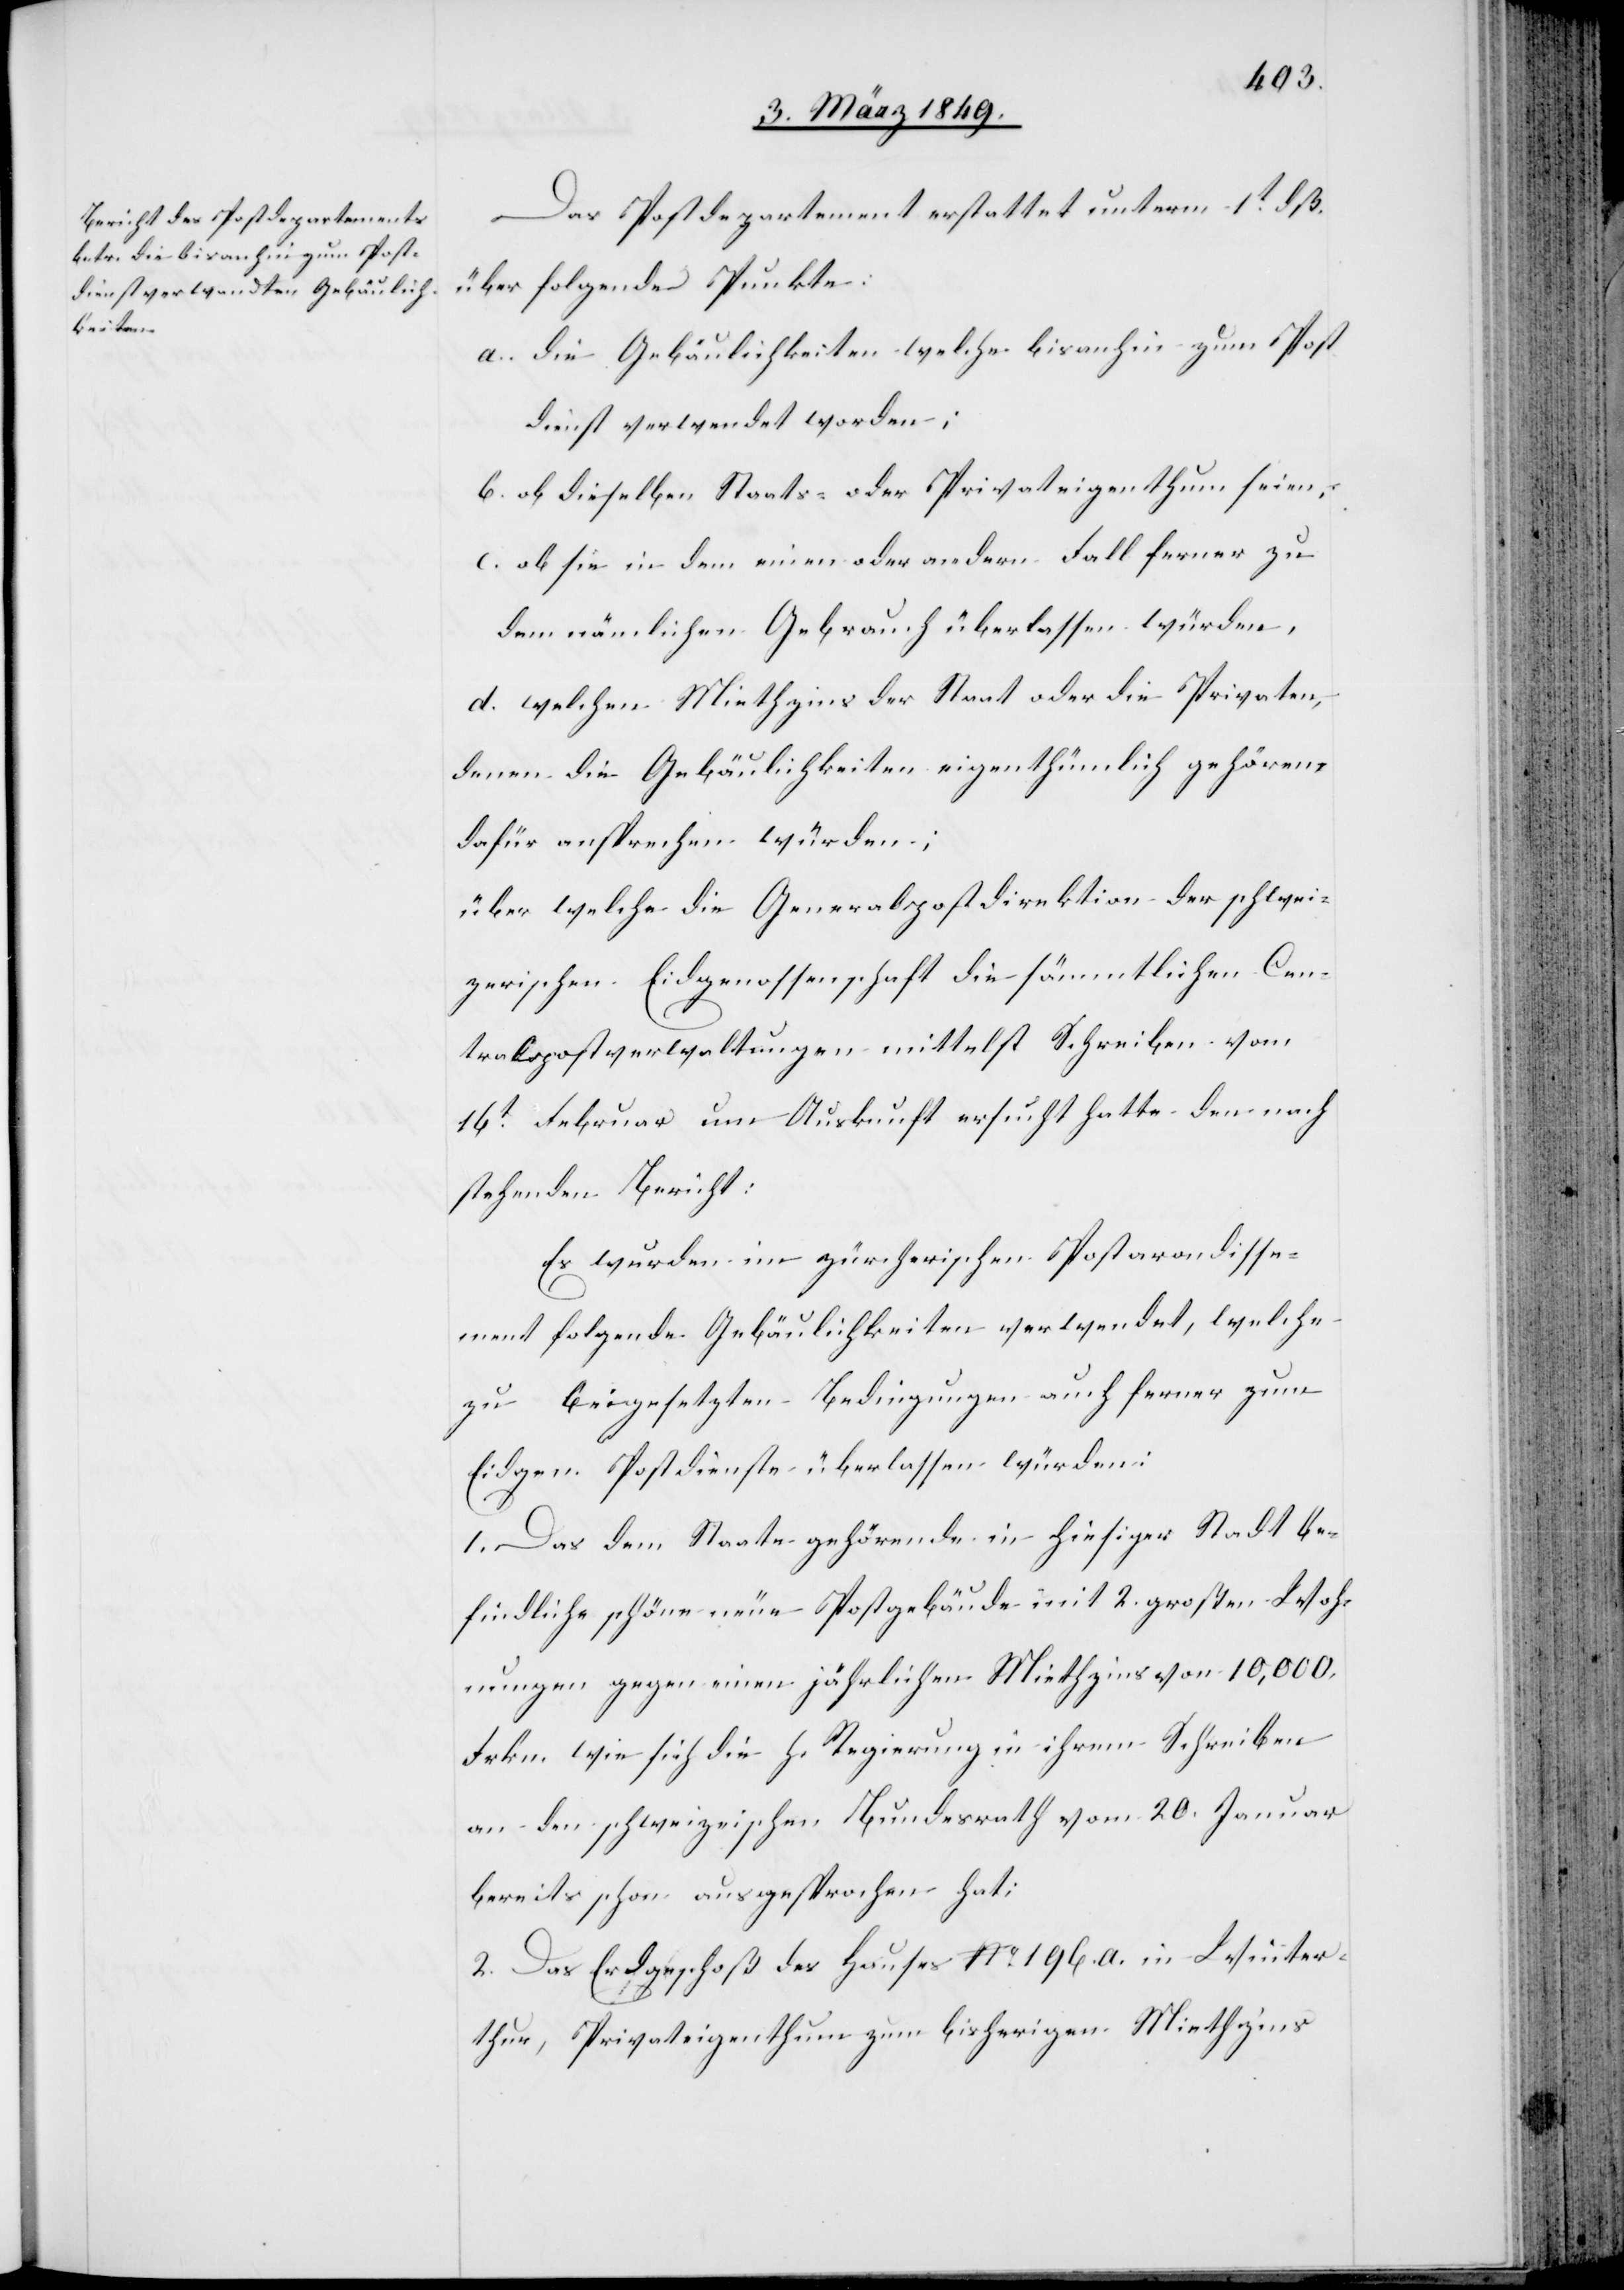
Das Postdepartement erstattet unterm 1t. dß.
über folgende Punkte:
a. die Gebäulichkeiten welche bis anhin zum Post¬
dienst verwendet worden;
b. ob dieselben Staats- oder Privateigenthum seien;
c. ob sie in dem einen oder andern Fall ferner zu
dem nämlichen Gebrauch überlassen würden,
d. welchen Miethzins der Staat oder die Privaten,
denen die Gebäulichkeiten eigenthümlich gehören,
dafür ansprechen würden;
über welche die Generalpostdirektion der schwei¬
zerischen Eidgenossenschaft die sämmtlichen Cen¬
tra[?ls]postverwaltungen mittelst Schreiben vom
16t. Februar um Auskunft ersucht hatte den nach¬
stehenden Bericht:
Es wurden im zürcherischen Postarondisse¬
ment folgende Gebäulichkeiten verwendet, welche
zu beigesetzten Bedingungen auch ferner zum
Eidgen. Postdienste überlassen würden:
1. Das dem Staate gehörende in hiesiger Stadt be¬
findliche schöne neue Postgebäude mit 2. großen Woh¬
nungen gegen einen jährlichen Miethzins von 10,000.
Frkn. wie sich die h. Regierung in ihrem Schreiben
an den schweizerischen Bundesrath vom 20. Januar
bereits schon ausgesprochen hat;
2. Das Erdgeschoß des Hauses No. 196. a. in Winter¬
thur, Privateigenthum zum bisherigen Miethzins